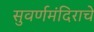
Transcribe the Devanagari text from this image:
सुवर्णमंदिराचे